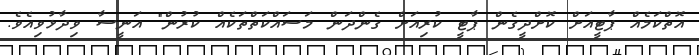
އޮތްކަމެއް ޕާޓީއަށް ކޮށްދީގެން ޕާޓީ ކުރިއަށް ގެންދަން މަސައްކަތްތަކެއް ކުރުން" އަނީސާ ވިދާޅުވިއެވެ.